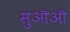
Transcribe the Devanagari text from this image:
सुऒऒ